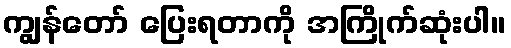
ကျွန်တော် ပြေးရတာကို အကြိုက်ဆုံးပါ။